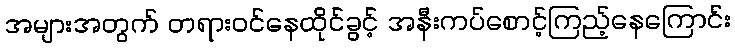
အများအတွက် တရားဝင်နေထိုင်ခွင့် အနီးကပ်စောင့်ကြည့်နေကြောင်း